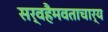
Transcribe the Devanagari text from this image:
सर्वहैमवताचार्य